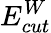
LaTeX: E_{cut}^{W}